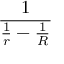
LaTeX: \frac { 1 } { { \frac { 1 } { r } } - { \frac { 1 } { R } } }